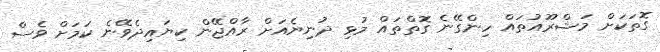
ގޮތަކަށް މަޝްރޫއުތައް ހިންގޭނެ ގޮތްތައް މުޅި ދުނިޔެއަށް ރާއްޖޭން ކިޔައިދެވޭނެ ކަމަށް ވެސް